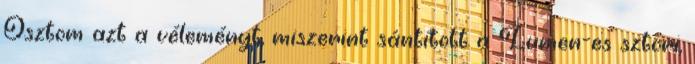
Osztom azt a véleményt, miszerint sántított a Lumen-es sztori,